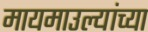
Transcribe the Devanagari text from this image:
मायमाउल्यांच्या